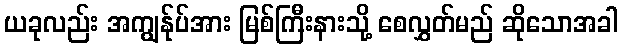
ယခုလည်း အကျွန်ုပ်အား မြစ်ကြီးနားသို့ စေလွှတ်မည် ဆိုသောအခါ